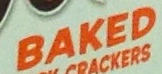
BAKED